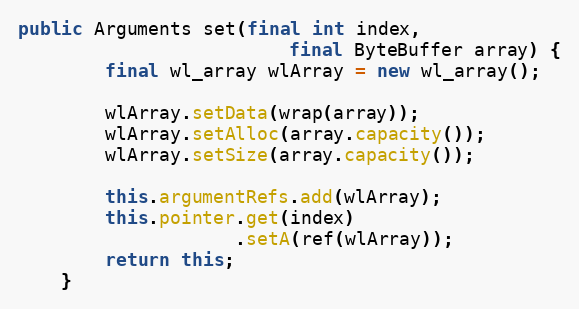
Language: Java
public Arguments set(final int index,
                         final ByteBuffer array) {
        final wl_array wlArray = new wl_array();

        wlArray.setData(wrap(array));
        wlArray.setAlloc(array.capacity());
        wlArray.setSize(array.capacity());

        this.argumentRefs.add(wlArray);
        this.pointer.get(index)
                    .setA(ref(wlArray));
        return this;
    }